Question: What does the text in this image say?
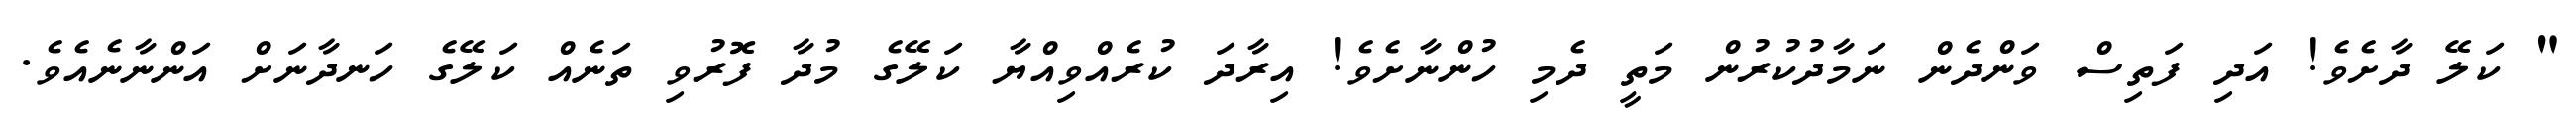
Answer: " ކަލޭ ދާށެވެ! އަދި ފަތިސް ވަންދެން ނަމާދުކުރުން މަތީ ދެމި ހުންނާށެވެ! އިރާދަ ކުރެއްވިއްޔާ ކަލޭގެ މުދާ ފޮރުވި ތަނެއް ކަލޭގެ ހަނދާނަށް އަންނާނެއެވެ.